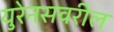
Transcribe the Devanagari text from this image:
युरेनसवरील